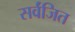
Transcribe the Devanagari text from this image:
सर्वंजित